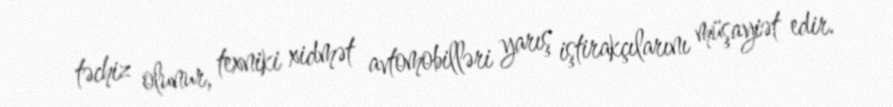
təchiz olunur, texniki xidmət avtomobilləri yarış iştirakçılarını müşayiət edir.